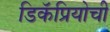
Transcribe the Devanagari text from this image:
डिकॅप्रियोची